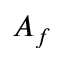
A _ { f }